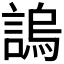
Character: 𧪛